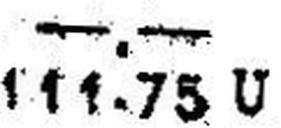
111.75 U